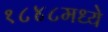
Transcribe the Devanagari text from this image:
१८४८मध्ये